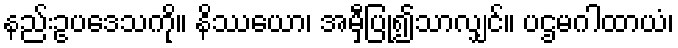
နည်းဥပဒေသကို။ နိဿယော၊ အမှီပြု၍သာလျှင်။ ပဌမဂါထာယံ၊